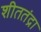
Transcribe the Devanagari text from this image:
शीततंद्रा